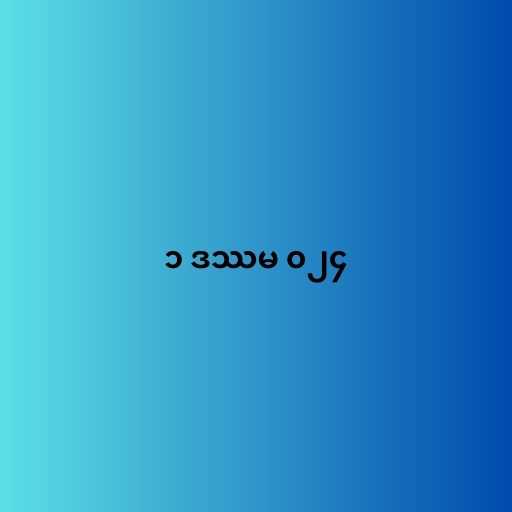
၁ ဒဿမ ၀၂၄